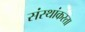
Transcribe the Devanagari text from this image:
संस्थांकरता